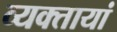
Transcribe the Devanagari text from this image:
व्यक्तायां